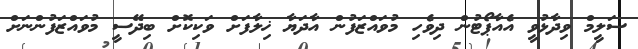
ސަލީމް ވިދާޅުވީ އެއާޕޯޓުން ދިވެހި މުވައްޒަފުން އާދަޔާ ޚިލާފަށް ވަކިކޮށް ބިދޭސީ މުވައްޒަފުންނަށް